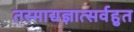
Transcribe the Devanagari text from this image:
तस्माद्यज्ञात्सर्वहुत